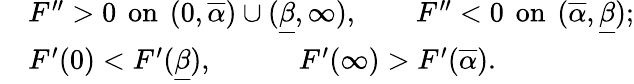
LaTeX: \begin{array}{rl}&{F^{\prime\prime}>0\, \mathrm{~on~}\, (0,\overline{\alpha})\cup(\underline{\beta},\infty),\qquad F^{\prime\prime}<0\, \mathrm{~on~}\, (\overline{\alpha},\underline{\beta});}\\ &{F^{\prime}(0)<F^{\prime}(\underline{\beta}),\qquad\quad F^{\prime}(\infty)>F^{\prime}(\overline{{\alpha}}).}\end{array}